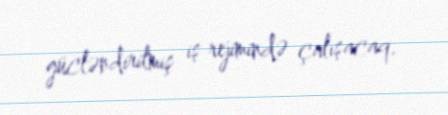
gücləndirilmiş iş rejimində çalışacaq.